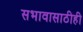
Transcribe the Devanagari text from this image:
सभावासाठीही